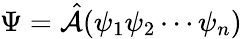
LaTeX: \Psi=\hat{\mathcal{A}}(\psi_{1}\psi_{2}\cdots\psi_{n})